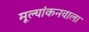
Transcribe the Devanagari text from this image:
मूल्यांकनवाला